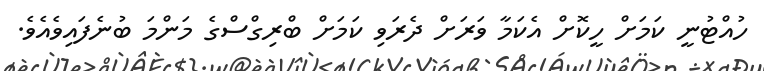
ހުއްޓުނީ ކަމަށް ހީކޮށް އެެކަމާ ވަރަށް ދެރަވި ކަމަށް ބްރިގްސްގެ މަންމަ ބުނެފައިވެއެވެ.